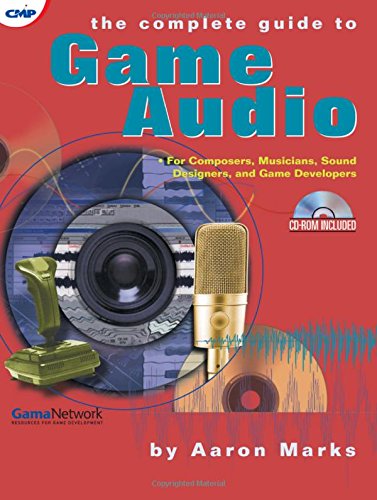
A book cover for The Complete Guide to Game Audio: For Composers, Musicians, Sound Designers, and Game Developers; Aaron Marks; Computers & Technology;